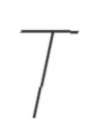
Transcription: T